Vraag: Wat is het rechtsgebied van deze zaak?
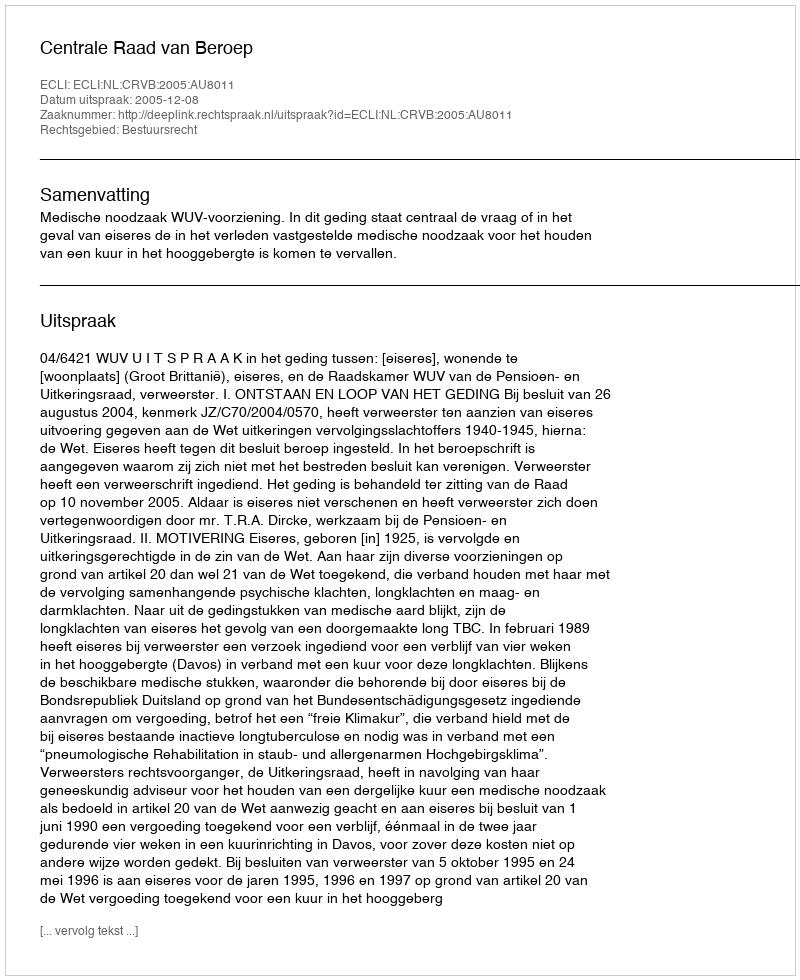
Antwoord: Bestuursrecht